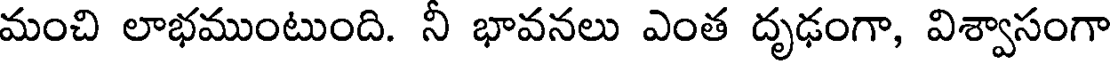
మంచి లాభముంటుంది. నీ భావనలు ఎంత దృఢంగా, విశ్వాసంగా